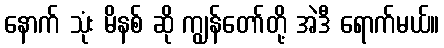
နောက် သုံး မိနစ် ဆို ကျွန်တော်တို့ အဲဒီ ရောက်မယ်။